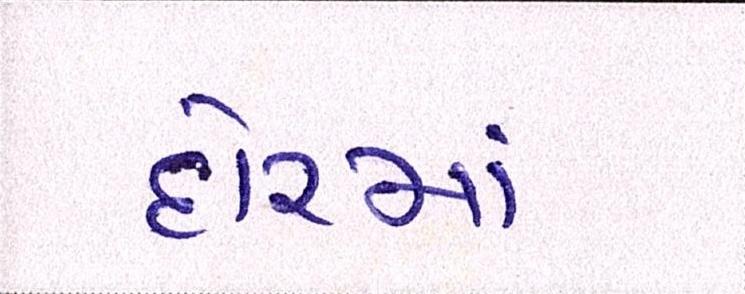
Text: દોરમાં